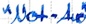
Text: "Not-Aus"